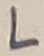
Text: L